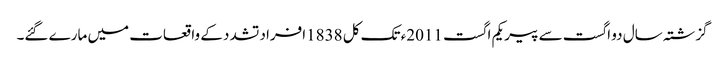
گزشتہ سال دو اگست سے پیر یکم اگست 2011ء تک کل 1838افراد تشدد کے واقعات میں مارے گئے۔